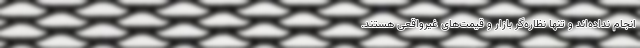
انجام نداده‌اند و تنها نظاره‌گر بازار و قیمت‌های غیرواقعی هستند.